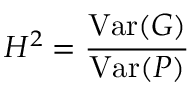
H ^ { 2 } = { \frac { \mathrm { V a r } ( G ) } { \mathrm { V a r } ( P ) } }